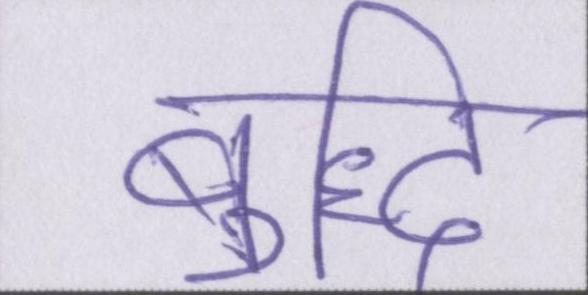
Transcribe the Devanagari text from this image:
बुद्धि